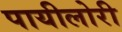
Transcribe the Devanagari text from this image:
पायीलोरी